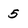
Character: 5